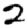
Digit: 2